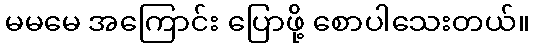
မမမေ အကြောင်း ပြောဖို့ စောပါသေးတယ်။